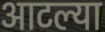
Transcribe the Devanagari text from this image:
आटल्या